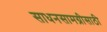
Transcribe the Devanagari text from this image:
साधनसामग्रीसाठी